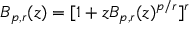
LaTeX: B _ { p , r } ( z ) = [ 1 + z B _ { p , r } ( z ) ^ { p / r } ] ^ { r }